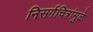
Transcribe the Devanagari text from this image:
निसर्गचित्रांमुळे